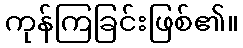
ကုန်ကြခြင်းဖြစ်၏။